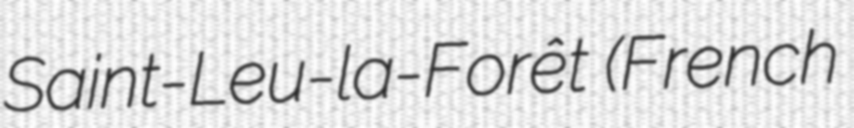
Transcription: Saint-Leu-la-Forêt (French